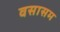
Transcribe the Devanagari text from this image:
वसासम